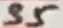
Text: 35